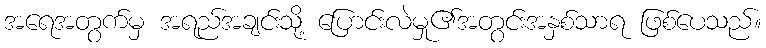
အရေအတွက်မှ အရည်အချင်းသို့ ပြောင်းလဲမှု၏အတွင်းအနှစ်သာရ ဖြစ်ပေသည်။